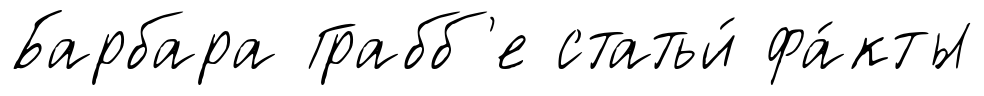
Барбара Грабб'е статьи́ фа́кты